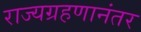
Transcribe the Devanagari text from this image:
राज्यग्रहणानंतर